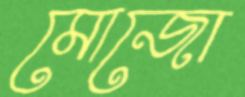
মোজো